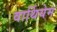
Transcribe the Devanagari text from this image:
वार्थियेम